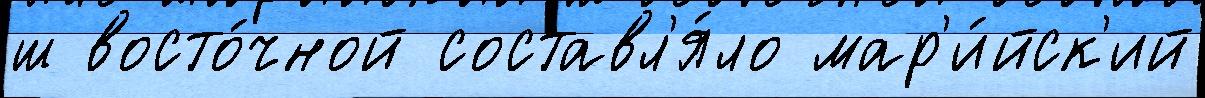
ш восто́чной составл'я́ло мар'и́йск'ий